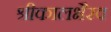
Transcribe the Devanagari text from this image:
श्रीकालभैरव